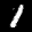
Label: 1